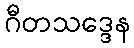
ဂီတသဒ္ဒေန